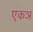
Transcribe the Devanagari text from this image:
एकञ